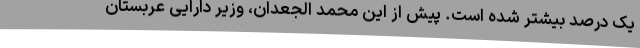
یک درصد بیشتر شده است. پیش از این محمد الجعدان، وزیر دارایی عربستان